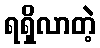
ရရှိလာတဲ့